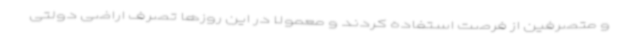
و متصرفین از فرصت استفاده کردند و معمولا در این روزها تصرف اراضی دولتی